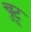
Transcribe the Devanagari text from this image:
चुटू